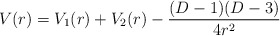
\begin{align*}V(r)=V_1(r)+V_2(r)-\frac{(D-1)(D-3)}{4r^2}\end{align*}